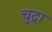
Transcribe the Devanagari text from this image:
चुद्रा